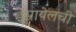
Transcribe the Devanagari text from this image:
इस्रायेलची